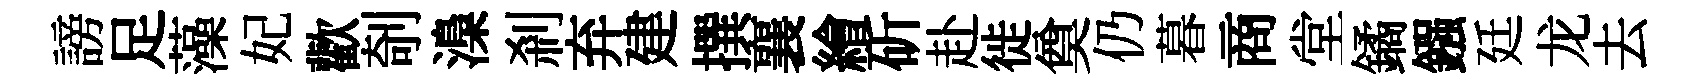
謗足藻妃歡剞𣻏剎弃建撰襄繪斫赴徙奠仍暮商堂鐍鏹廷龙去